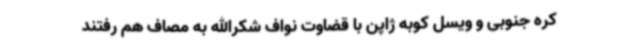
کره جنوبی و ویسل کوبه ژاپن با قضاوت نواف شکرالله به مصاف هم رفتند